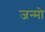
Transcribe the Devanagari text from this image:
जन्मो